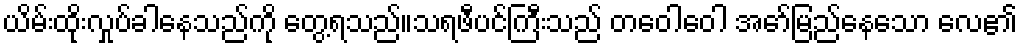
ယိမ်းထိုးလှုပ်ခါနေသည်ကို တွေ့ရသည်။သရဖီပင်ကြီးသည် တဝေါဝေါ အော်မြည်နေသော လေ၏